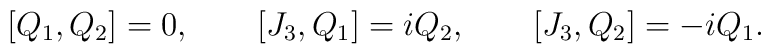
[Q_{1}, Q_{2}] = 0 , \qquad [J_{3}, Q_{1}] = iQ_{2} , \qquad[J_{3}, Q_{2}] = -iQ_{1} .